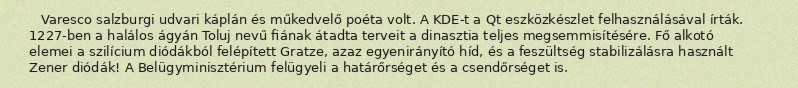
Varesco salzburgi udvari káplán és műkedvelő poéta volt. A KDE-t a Qt eszközkészlet felhasználásával írták. 1227-ben a halálos ágyán Toluj nevű fiának átadta terveit a dinasztia teljes megsemmisítésére. Fő alkotó elemei a szilícium diódákból felépített Gratze, azaz egyenirányító híd, és a feszültség stabilizálásra használt Zener diódák! A Belügyminisztérium felügyeli a határőrséget és a csendőrséget is.